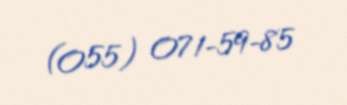
(055) 071-59-85